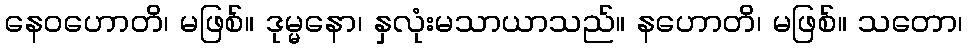
နေဝဟောတိ၊ မဖြစ်။ ဒုမ္မနော၊ နှလုံးမသာယာသည်။ နဟောတိ၊ မဖြစ်။ သတော၊